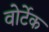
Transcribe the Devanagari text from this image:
वोर्टेक